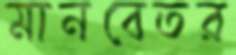
মানবেতর